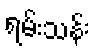
ရမ်းသန်း